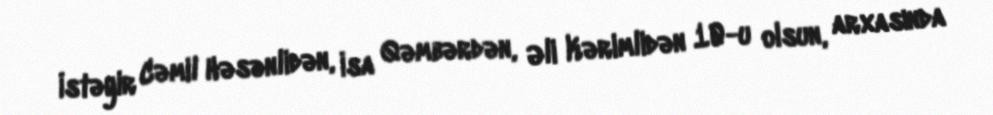
İstəyir Cəmil Həsənlidən, İsa Qəmbərdən, Əli Kərimlidən 10-u olsun, arxasında